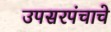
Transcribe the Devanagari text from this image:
उपसरपंचाचे